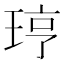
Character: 𪻥